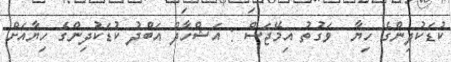
ކުޑަކުދިންގެ ހިޔާ  ވަގުތު އިމޭޖަސް : އަޝްހާދް އަބްދު ކުޑަކުދިންގެ ހިޔާއަށް